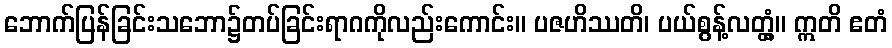
ဘောက်ပြန်ခြင်းသဘော၌တပ်ခြင်းရာဂကိုလည်းကောင်း။ ပဇဟိဿတိ၊ ပယ်စွန့်လတ္တံ့။ ဣတိ ဧတံ